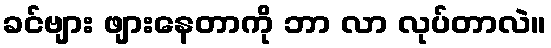
ခင်ဗျား ဖျားနေတာကို ဘာ လာ လုပ်တာလဲ။